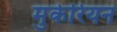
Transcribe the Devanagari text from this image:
मुकेरियन